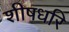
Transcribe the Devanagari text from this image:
शीषधरि